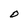
Character: O